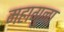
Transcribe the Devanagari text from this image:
महागुना